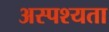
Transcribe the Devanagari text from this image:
अस्पश्यता